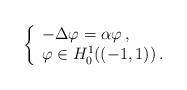
LaTeX: \begin{align*} \left\{ \begin{array}{lll} -\Delta \varphi =\alpha \varphi \,, & \ \\ \varphi \in H^1_0((-1,1)) \, . & \ \end{array} \right. \end{align*}